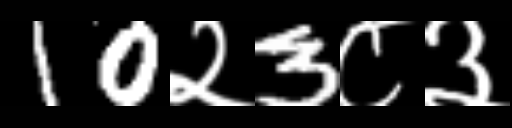
Text: 10२3८३